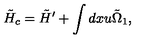
\tilde { H } _ { c } = \tilde { H } ^ { \prime } + \int d x u \tilde { \Omega } _ { 1 } ,